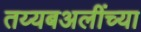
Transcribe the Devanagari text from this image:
तय्यबअलींच्या